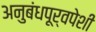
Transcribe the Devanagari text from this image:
अनुबंधपूर्वपेशी